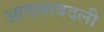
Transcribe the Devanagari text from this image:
आदलाबदली